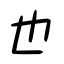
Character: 也